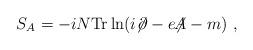
LaTeX: \begin{align*}S_A = -i N {\rm Tr} \ln (i{\not\!\partial}-e{\not\!\!A}-m)~,\end{align*}